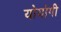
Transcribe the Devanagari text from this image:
योयोगी